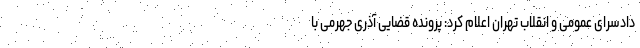
دادسرای عمومی و انقلاب تهران اعلام کرد: پرونده قضایی آذری جهرمی با